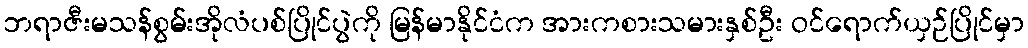
ဘရာဇီးမသန်စွမ်းအိုလံပစ်ပြိုင်ပွဲကို မြန်မာနိုင်ငံက အားကစားသမားနှစ်ဦး ဝင်ရောက်ယှဉ်ပြိုင်မှာ